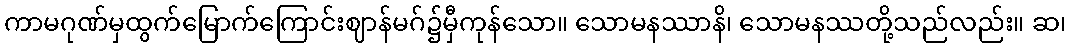
ကာမဂုဏ်မှထွက်မြောက်ကြောင်းဈာန်မဂ်၌မှီကုန်သော။ သောမနဿာနိ၊ သောမနဿတို့သည်လည်း။ ဆ၊